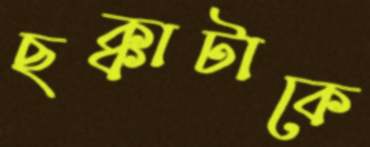
ছক্কাটাকে